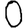
Digit: 0